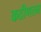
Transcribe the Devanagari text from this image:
कठीणतम